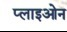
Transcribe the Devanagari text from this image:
प्लाइओन